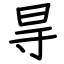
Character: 㝵